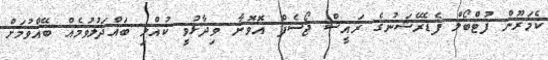
ކެމަރޫން ފުޓްބޯލް ފެޑެރޭޝަނުގެ ރައީސް ޖޯސެފް އޮވޮނާ ވިދާޅުވީ ކުއްލި ބައްދަލުވުމެއް ބޭއްވުމަށް